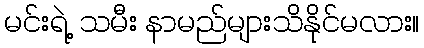
မင်းရဲ့ သမီး နာမည်များသိနိုင်မလား။